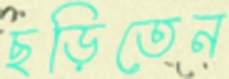
ছড়িতেন